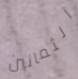
الثمانين